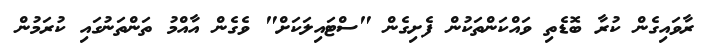
ރާވައިގެން ކުރާ ބޮޑެތި ވައްކަންތަކުން ފެށިގެން "ސްޓައިލަކަށް" ވެގެން އާއްމު ތަންތަނުގައި ކުރަމުން